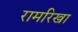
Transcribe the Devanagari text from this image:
रामरिखा